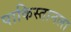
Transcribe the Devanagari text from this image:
पाकिस्तानला